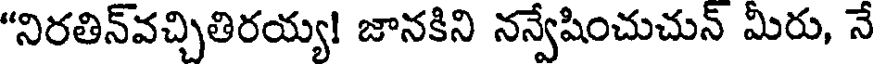
"నిరతిన్వచ్చితిరయ్య! జానకిని నన్వేషించుచున్ మీరు, నే